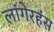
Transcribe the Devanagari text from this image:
लांगेरहंस